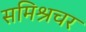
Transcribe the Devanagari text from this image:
समिश्रचर